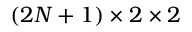
{ ( 2 N + 1 ) \times 2 \times 2 }